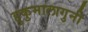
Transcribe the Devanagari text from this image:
हुकुमालागुनी